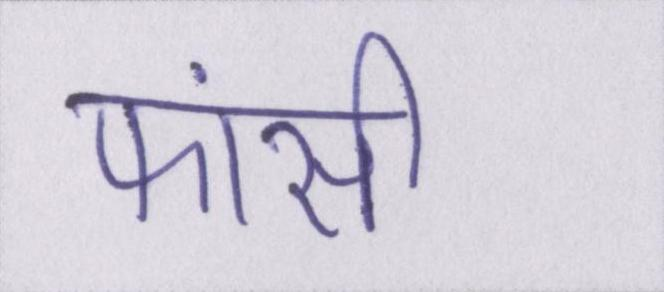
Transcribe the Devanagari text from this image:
फांसी